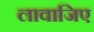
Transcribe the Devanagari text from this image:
लावाजिए